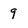
Character: g